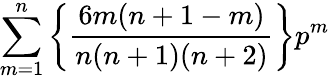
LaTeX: \sum_{m=1}^{n}\left\{ \frac{6m(n+1-m)}{n(n+1)(n+2)}\right\} p^{m}